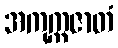
အကုက္ကဇာတံ